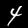
Label: 4